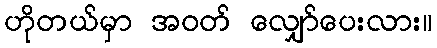
ဟိုတယ်မှာ အဝတ် လျှော်ပေးလား။